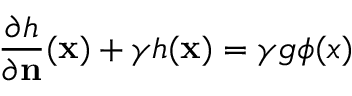
\frac { \partial h } { \partial \mathbf { n } } ( \mathbf { x } ) + \gamma h ( \mathbf { x } ) = \gamma g \phi ( x )